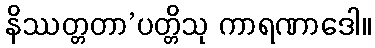
နိဿတ္တတာ’ပတ္တိသု ကာရဏာဒေါ။